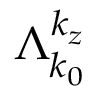
\Lambda _ { k _ { 0 } } ^ { k _ { z } }